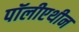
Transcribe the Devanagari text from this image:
पॉलीएथीन